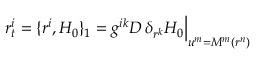
r _ { t } ^ { i } = \{ r ^ { i } , H _ { 0 } \} _ { 1 } = g ^ { i k } D \, \delta _ { r ^ { k } } H _ { 0 } \Big | _ { u ^ { m } = M ^ { m } ( r ^ { n } ) }